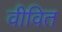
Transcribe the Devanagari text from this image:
वीवित